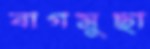
বাগমুছা